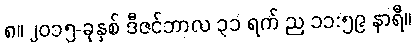
၈။ ၂၀၁၅-ခုနှစ် ဒီဇင်ဘာလ ၃၁ ရက် ည ၁၁:၅၉ နာရီ။